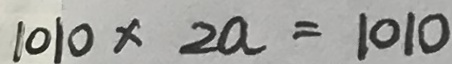
1 0 1 0 \times 2 a = 1 0 1 0